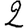
Digit: 2